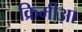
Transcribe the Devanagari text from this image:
क्रिमीआ